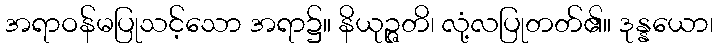
အရာဝန်မပြုသင့်သော အရာ၌။ နိယုဉ္ဇတိ၊ လုံ့လပြုတတ်၏။ ဒုန္နယော၊